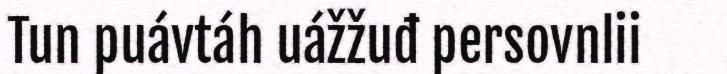
Tun puávtáh uážžuđ persovnlii